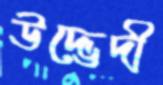
উদ্ভেদী